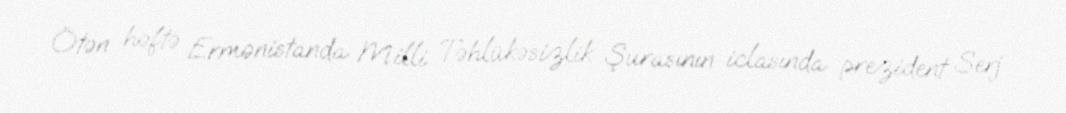
Ötən həftə Ermənistanda Milli Təhlükəsizlik Şurasının iclasında prezident Serj